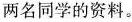
两名同学的资料。